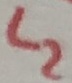
Text: L2